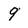
Character: 9